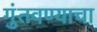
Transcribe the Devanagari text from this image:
गुंतवण्याचा